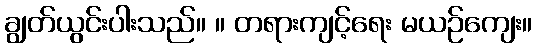
ချွတ်ယွင်းပါးသည်။ ။ တရားကျင့်ရေး မယဉ်ကျေး။